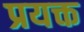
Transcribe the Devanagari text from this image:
प्रयक्त